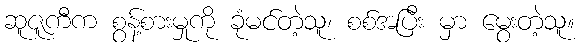
ဆူဇူကီက စွန့်စားမှုကို ခုံမင်တဲ့သူ၊ စစ်အပြီး မှာ မွေးတဲ့သူ။